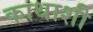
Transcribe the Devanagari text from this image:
काथाशी